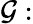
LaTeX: \mathcal{G}: